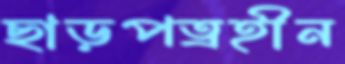
ছাড়পত্রহীন